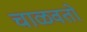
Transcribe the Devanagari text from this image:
चाळवतो